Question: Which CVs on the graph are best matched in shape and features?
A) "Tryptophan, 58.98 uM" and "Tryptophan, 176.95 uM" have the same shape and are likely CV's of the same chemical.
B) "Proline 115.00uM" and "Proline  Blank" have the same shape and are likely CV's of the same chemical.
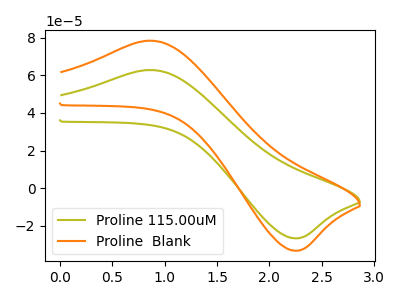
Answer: <think>The olive curve "Proline 115.00uM" has an anodic peak at (0.85V, 62.85uA) and a cathodic peak at (2.25V, -26.60uA). The orange curve "Proline  Blank" has an anodic peak at (0.85V, 78.40uA) and a cathodic peak at (2.25V, -33.20uA).
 All the peaks in "Proline 115.00uM" have a peak in "Proline  Blank" at the same potential. Every peak in "Proline 115.00uM" is lower than every peak in "Proline  Blank".</think>
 <answer>B) "Proline 115.00uM" and "Proline  Blank" have the same shape and are likely CV's of the same chemical.</answer>
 <eval>B</eval>